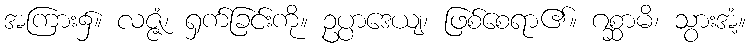
အကြား၌။ လဇ္ဇံ၊ ရှက်ခြင်းကို။ ဥပ္ပာဒေယျ၊ ဖြစ်စေရာ၏။ ဂစ္ဆာမိ၊ သွားအံ့။